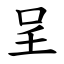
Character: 呈